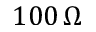
1 0 0 \, \Omega